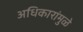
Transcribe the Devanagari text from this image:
अधिकारांमुळे